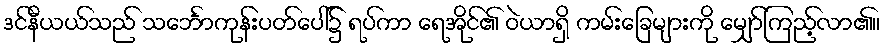
ဒင်နီယယ်သည် သင်္ဘောကုန်းပတ်ပေါ်၌ ရပ်ကာ ရေအိုင်၏ ဝဲယာရှိ ကမ်းခြေများကို မျှော်ကြည့်လာ၏။